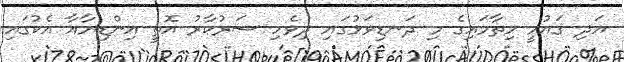
އަދި ޤައުމީ ހިތާމައިގެ މި ދަނޑިވަޅުގައި ދިވެހި ސަރުކާރު އޮތީ އިންޑިޔާއާ އެކުގައި